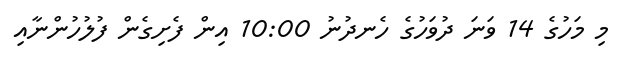
މި މަހުގެ 14 ވަނަ ދުވަހުގެ ހެނދުނު 10:00 އިން ފެށިގެން ފުލުހުންނާއި